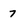
Character: 7